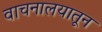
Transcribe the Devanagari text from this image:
वाचनालयातून